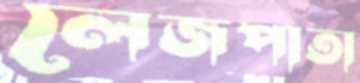
লেজপাতা